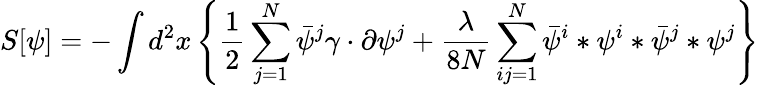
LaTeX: S[\psi]=-\int d^{2}x\left\{ \frac{1}{2}\sum_{j=1}^{N}\bar{\psi}^{j}\gamma\cdot\partial\psi^{j}+\frac{\lambda}{8N}\sum_{ij=1}^{N}\bar{\psi}^{i}*\psi^{i}*\bar{\psi}^{j}*\psi^{j}\right\}